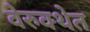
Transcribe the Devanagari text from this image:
वेरुक्थेत